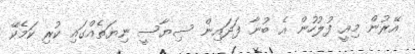
އޭރުން މިއީ ފުލުހުން އެ ބުނާ ފަދައިން ސިޔާސީ ނިޔަތެއްގައި ކުރި ކަމެކޭ